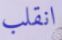
انقلب